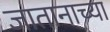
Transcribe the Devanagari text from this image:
जातानाच्या